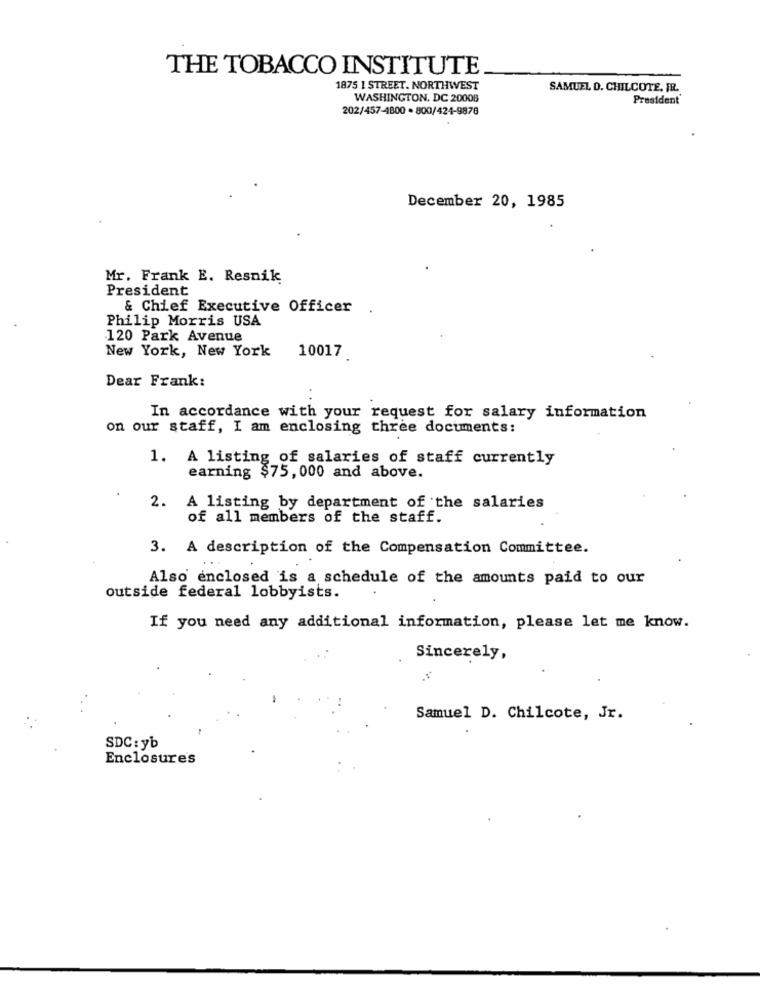
THE TOBACCO INSTITUTE
1875 1 STREET. NORTHWEST
SAMUEL D. CHILCOTE. FR.
WASHINGTON, DC 20008
President
202/457-4800 . 800/424-9876
December 20, 1985
Mr. Frank E. Resnik
President
& Chief Executive Officer
Philip Morris USA
120 Park Avenue
New York, New York
10017
Dear Frank:
In accordance with your request for salary information
on our staff, I am enclosing three documents:
1. A listing of salaries of staff currently
earning $75, 000 and above.
2. A listing by department of the salaries
of all members of the staff.
3. A description of the Compensation Committee.
Also enclosed is a schedule of the amounts paid to our
outside federal lobbyists.
If you need any additional information, please let me know.
Sincerely,
Samuel D. Chilcote, Jr.
SDC : yb
Enclosures